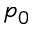
p _ { 0 }